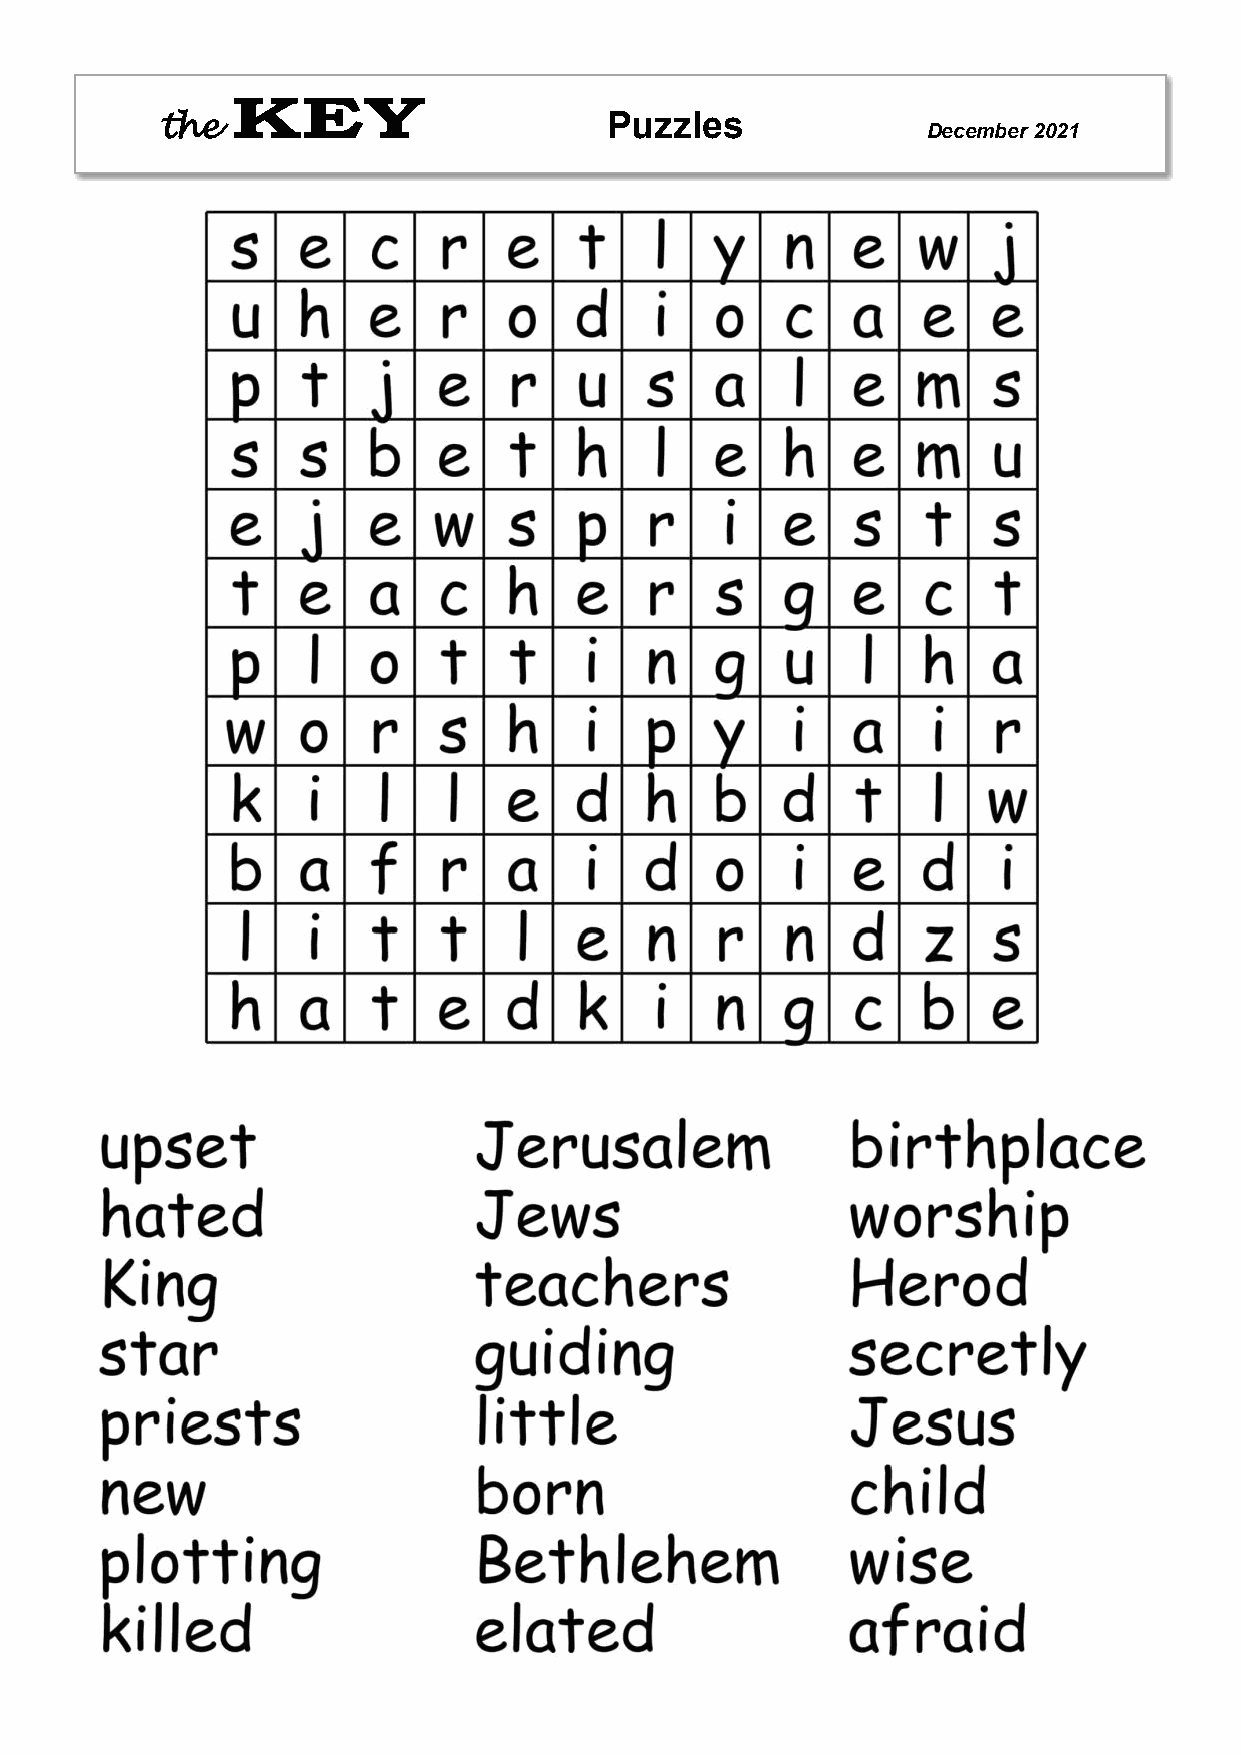
Puzzles
 the                                               December 2021